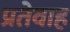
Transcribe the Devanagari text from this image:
प्रतेवाह